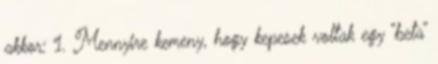
akkor: 1. Mennyire kemeny, hogy kepesek voltak egy “beta”